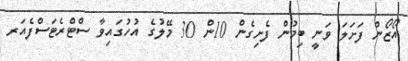
އޯޒޯން ފަށަލަ ވަނީ ބިމުން ފެށިގެން 10ން 30 މޭލުގެ އުހުގައިވާ ސްޓްރެޓަސްފެއަރ